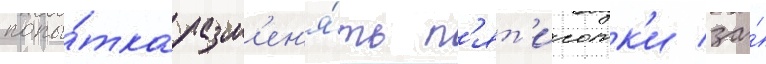
попы́тка разм'ен'я́ть п'ят'исотк'и за́